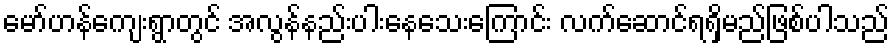
မော်ဟန်ကျေးရွာတွင် အလွန်နည်းပါးနေသေးကြောင်း လက်ဆောင်ရရှိမည်ဖြစ်ပါသည်